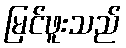
မြင်ဖူးသည်